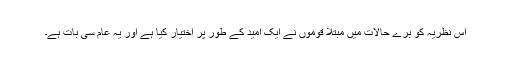
اس نظریہ کو برے حالات میں مبتلا قوموں نے ایک امید کے طور پر اختیار کیا ہے اور یہ عام سی بات ہے۔